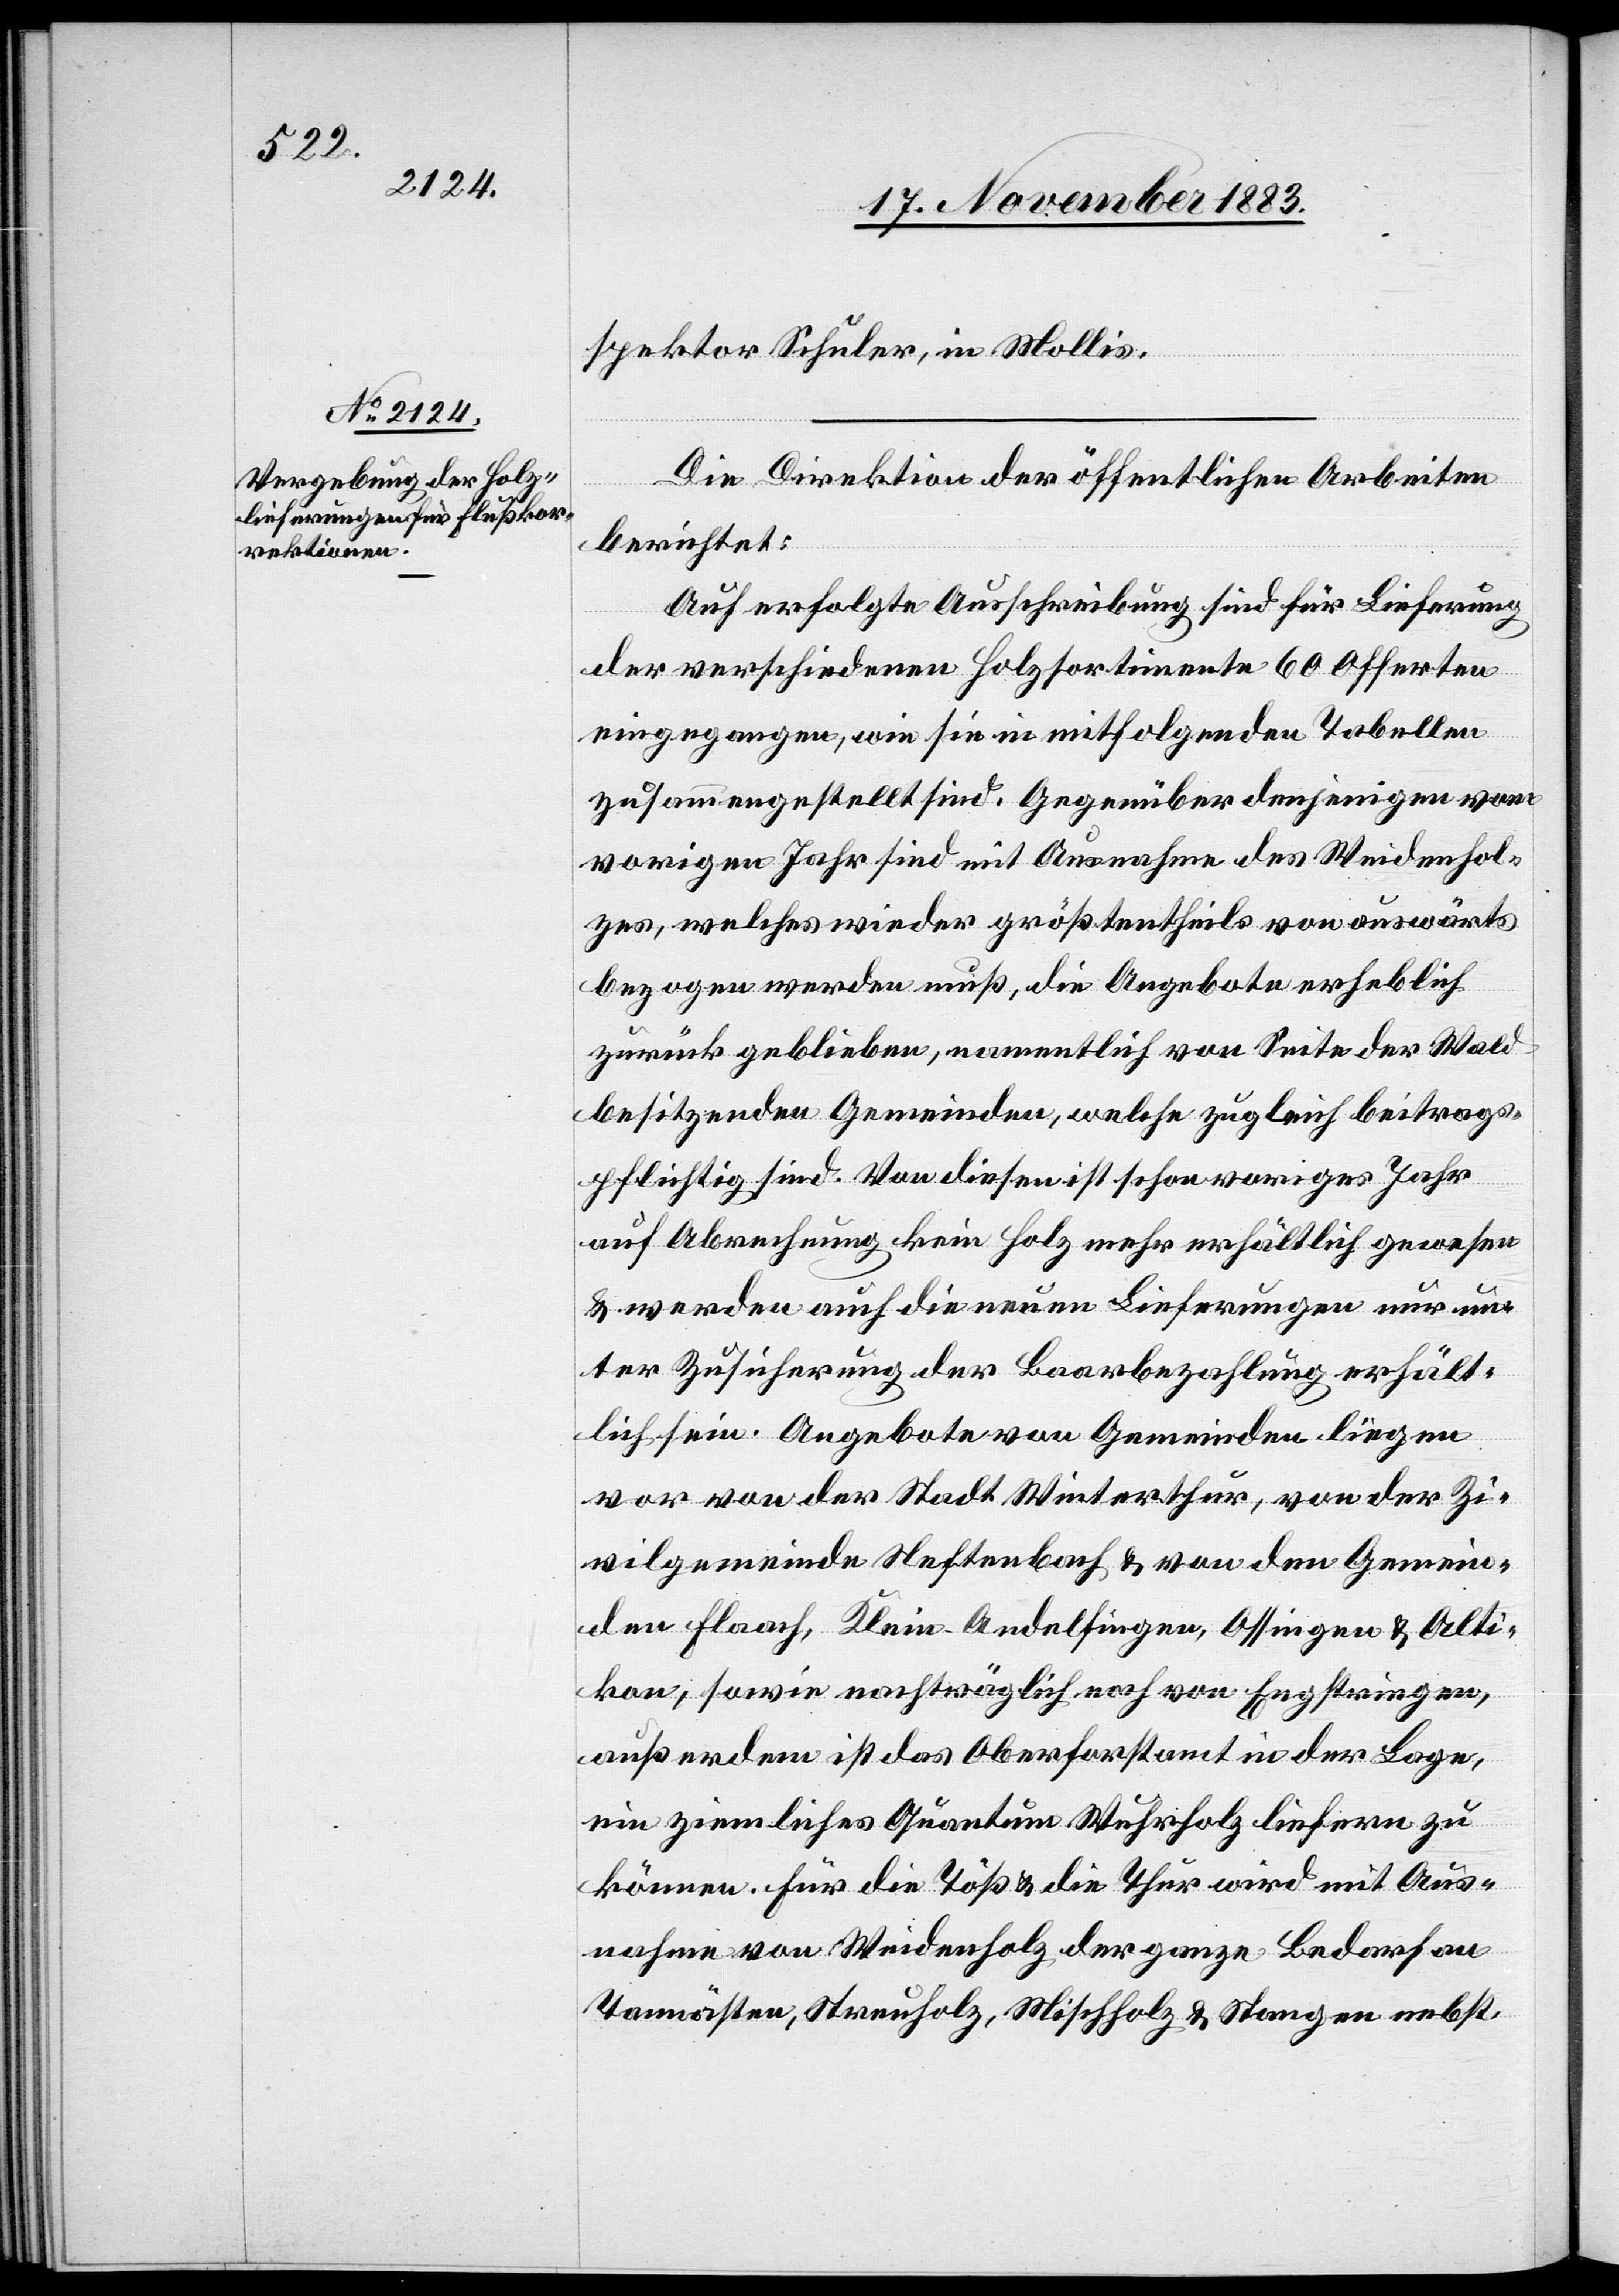
spektor Schuler, in Mollis.
Die Direktion der öffentlichen Arbeiten
berichtet:
Auf erfolgte Ausschreibung sind für Lieferung
der verschiedenen Holzsortimente 60 Offerten
eingegangen, wie sie in mitfolgende Tabellen
zusammengestellt sind. Gegenüber denjenigen vom
vorigen Jahr sind mit Ausnahme des Weidenhol¬
zes, welches wieder größtentheils von auswärts
bezogen werden muß, die Angebote erheblich
zurück geblieben, namentlich von Seite der Wald
besitzenden Gemeinden, welche zugleich beitrags¬
pflichtig sind. Von diesen ist schon voriges Jahr
auf Abrechnung kein Holz mehr erhältlich gewesen
& werden auch die neuen Lieferungen nur un¬
ter Zusicherung der Baarbezahlung erhält¬
lich sein. Angebote von Gemeinden liegen
vor von der Stadt Winterthur, von der Zi¬
vilgemeinde Neftenbach & von den Gemein¬
den Flaach, Klein-Andelfingen, Ossingen & Alti¬
kon, sowie nachträglich noch von Engstringen,
außerdem ist das Oberforstamt in der Lage,
ein ziemliches Quantum Wuhrholz liefern zu
können. Für die Töß & die Thur wird mit Aus¬
nahme von Weidenholz der ganze Bedarf an
Tannästen, Streuholz, Mischholz & Stangen nebst